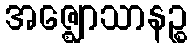
အဇ္ဈောသာနဉ္စ